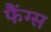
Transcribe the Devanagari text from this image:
फैंग्स